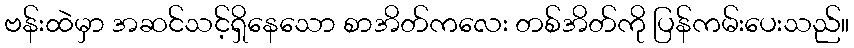
ဗန်းထဲမှာ အဆင်သင့်ရှိနေသော စာအိတ်ကလေး တစ်အိတ်ကို ပြန်ကမ်းပေးသည်။